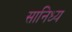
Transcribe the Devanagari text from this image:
सानिध्‍य